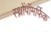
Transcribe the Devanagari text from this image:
स्थ्रोंपॉमर्फिक